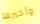
وأخبرها